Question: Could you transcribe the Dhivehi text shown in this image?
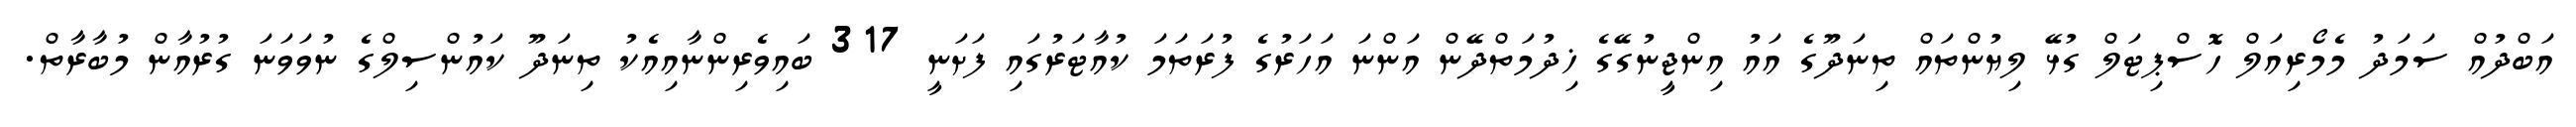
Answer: އަބްދުއް ސަމަދު މެމޯރިއަލް ހޮސްޕިޓަލް ގުޅޭ ލިޔުންތައް ތިނަދޫގެ އައު އިންޖީނުގޭގެ ޚިދުމަތްދޭން އަންނަ އަހަރުގެ ފުރަތަމަ ކުއާޓަރުގައި ފަށަނީ 317 ބައިވެރިންނާއިއެކު ތިނަދޫ ކައުންސިލްގެ ނުވަވަނަ ގުރުއާން މުބާރާތް.